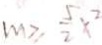
m \geq \frac { 5 } { 2 } x ^ { 2 }